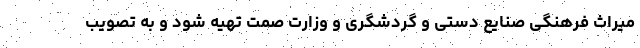
میراث فرهنگی صنایع دستی و گردشگری و وزارت صمت تهیه شود و به تصویب